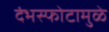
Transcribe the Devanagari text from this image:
दंभस्फोटामुळे